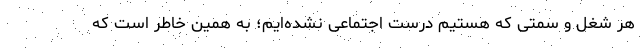
هر شغل و سمتی که هستیم درست اجتماعی نشده‌ایم؛ به همین خاطر است که